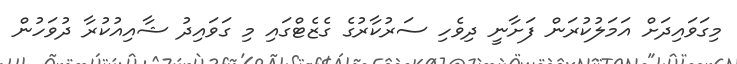
މިގަވައިދަށް އަމަލުކުރަން ފަށާނީ ދިވެހި ސަރުކާރުގެ ގެޒެޓްގައި މި ގަވައިދު ޝާއިއުކުރާ ދުވަހުން